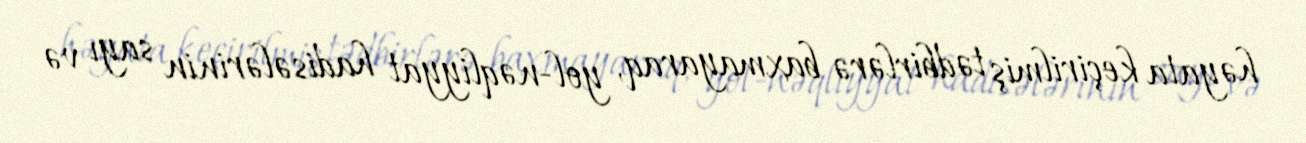
həyata keçirilmiş tədbirlərə baxmayaraq, yol-nəqliyyat hadisələrinin sayı və